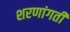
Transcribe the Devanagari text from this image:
शरणांगती